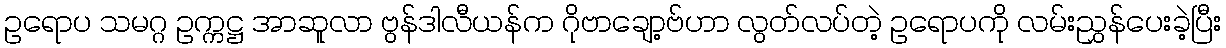
ဥရောပ သမဂ္ဂ ဥက္ကဋ္ဌ အာဆူလာ ဗွန်ဒါလီယန်က ဂိုဗာချော့ဗ်ဟာ လွတ်လပ်တဲ့ ဥရောပကို လမ်းညွှန်ပေးခဲ့ပြီး